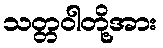
သတ္တဝါတို့အား